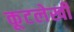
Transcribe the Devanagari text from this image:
कूटलेखी